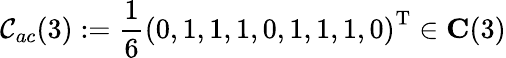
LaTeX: \mathcal{C}_{ac}(3):=\frac{1}{6}\left(0,1,1,1,0,1,1,1,0\right)^{\mathrm{T}}\in\mathbf{C}(3)